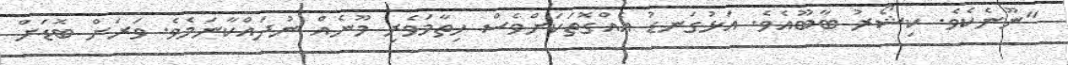
"ނޫނެކެވެ. ކިޝޯރު ބާބޫއެވެ. އަޅުގަނޑު އެއްގޮތަކަށްވެސް ހިތާމަވެރި މޫނެއް ނުދައްކާނަމެވެ. ވަރަށް ބޮޑަށް